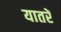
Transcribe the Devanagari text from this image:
यातरें